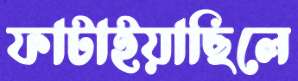
ফাটাইয়াছিলে